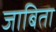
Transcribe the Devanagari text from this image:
जाबिता